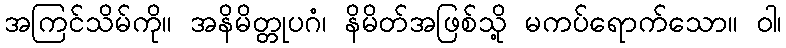
အကြင်သိမ်ကို။ အနိမိတ္တုပဂံ၊ နိမိတ်အဖြစ်သို့ မကပ်ရောက်သော။ ဝါ၊